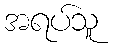
အရပ်သူ